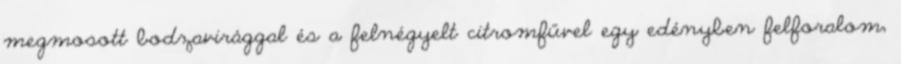
megmosott bodzavirággal és a felnégyelt citromfűvel egy edényben felforalom,